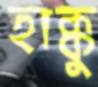
হাক্কু